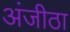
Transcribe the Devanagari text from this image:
अंजीठा